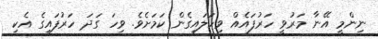
ނިންމީ އޭނާ މަރުވީ ހަރުފައެއް ވިހަލައިގެން ކަމަށެވެ. ވިހަ ގަދަ ހަރުފައިގެ އެކި